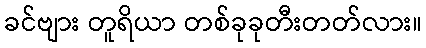
ခင်ဗျား တူရိယာ တစ်ခုခုတီးတတ်လား။